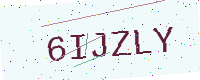
Text: 6IJZLY